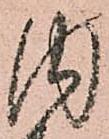
内